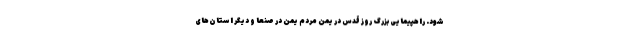
شود. راهپیمایی بزرگ روز قدس در یمن مردم یمن در صنعا و دیگر استان‌های